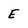
Character: E